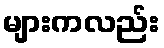
များကလည်း